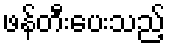
ဖန်တီးပေးသည့်